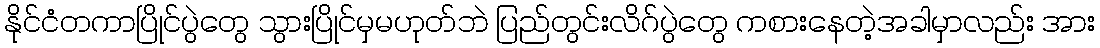
နိုင်ငံတကာပြိုင်ပွဲတွေ သွားပြိုင်မှမဟုတ်ဘဲ ပြည်တွင်းလိဂ်ပွဲတွေ ကစားနေတဲ့အခါမှာလည်း အား